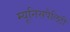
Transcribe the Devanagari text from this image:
म्यूनिसपैलिटी